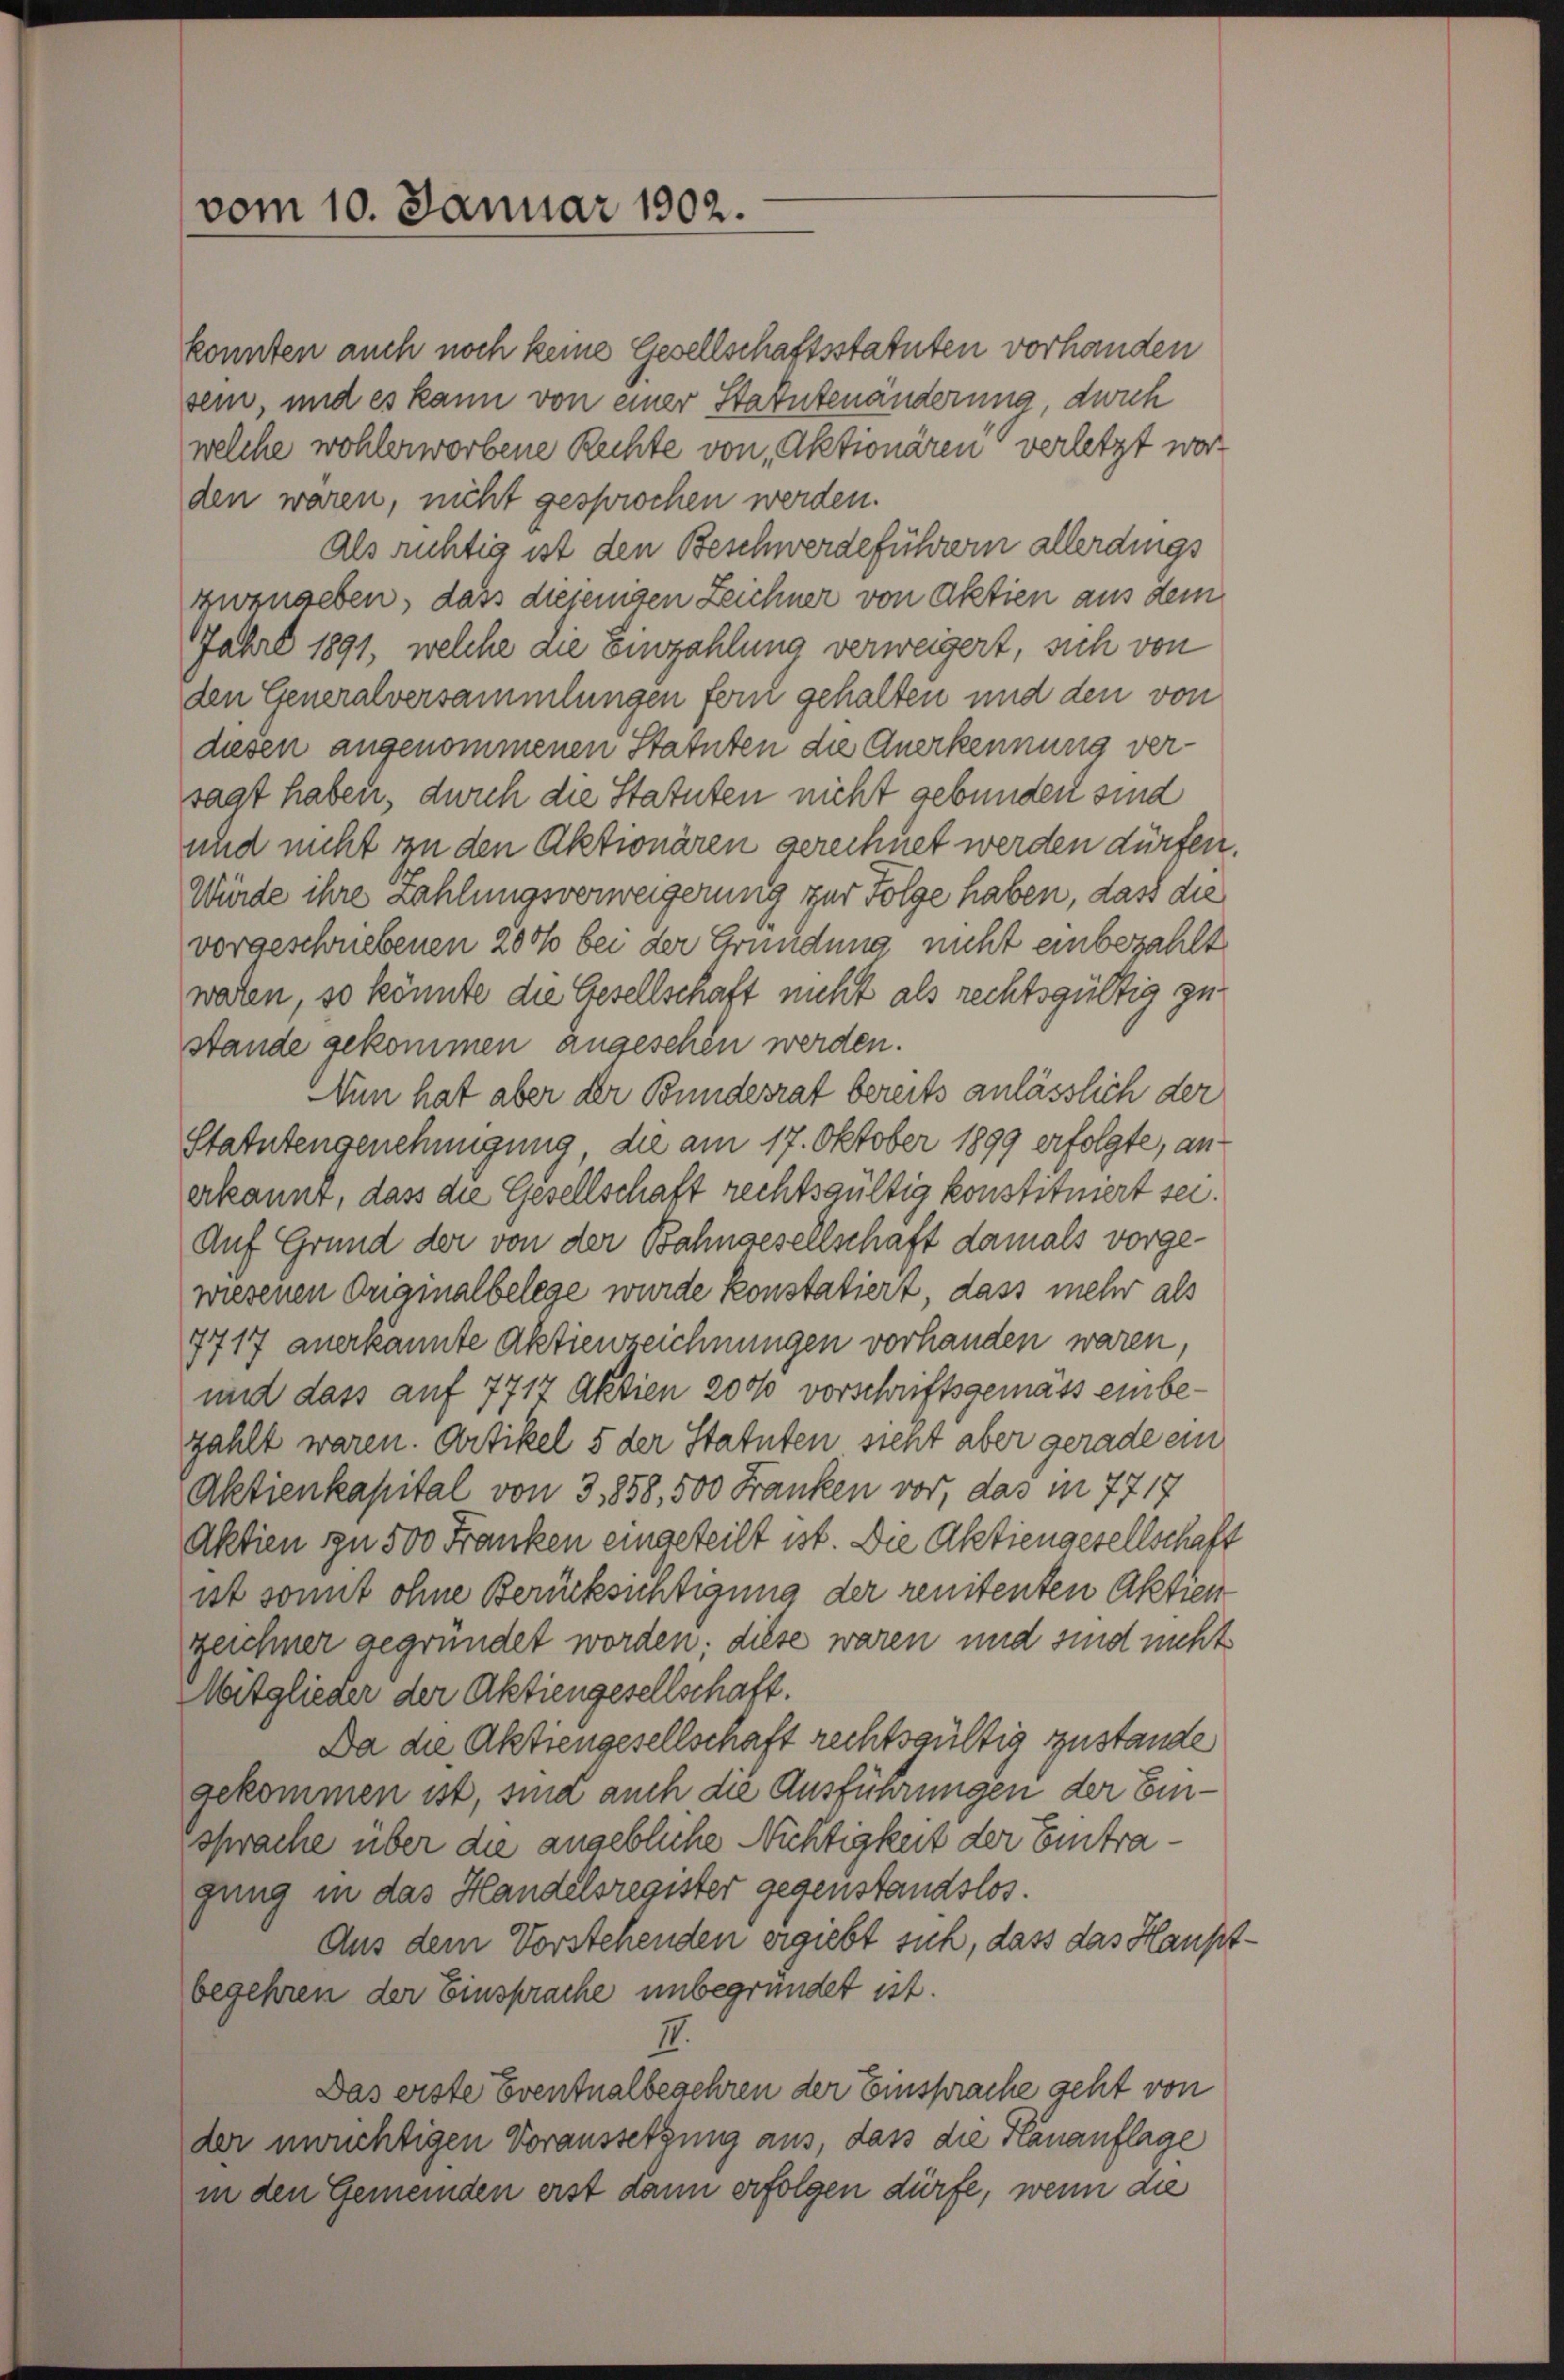
vom 10. Januar 1902.

konnten auch noch keine Gesellschaftsstatuten vorhanden
sein, und es kann von einer Statutenänderung, durch
welche wohlerworbene Rechte von Aktionären verletzt worden waren, nicht gesprochen werden.
als richtig ist den Beschwerdeführern allerdings
zwangeben, dass diejenigen Zeichner von Aktien aus dem
Jahre 1891, welche die Einzahlung verweigert, sich von
den Generalversammlungen fern gehalten und den von
diesen angenommenen Statuten die Anerkennung versagt haben, durch die Statuten nicht gebunden sind
und nicht in den Aktionären gerechnet werden dürfen.
Würde ihre Zahlungsverweigerung zur Folge haben, dass die
vorgeschriebenen 200 bei der Gründung nicht einbezahlt
waren, so könnte die Gesellschaft nicht als rechtsgültig zustande gekommen zugeschen werden.
Nun hat aber der Bundesrat bereits anlässlich der
Statutengenehmigung die am 17. Oktober 1899 erfolgte, an
erkannt, dass die Gesellschaft rechtsgültig konstituiert sei.
Auf Grund der von der Bahngesellschaft damals vorgewiesenen Originalbelege wurde konstatiert, dass mehr als
7717 anerkannte Aktienzeichnungen vorhanden waren,
und dass auf 7717 Aktien 2000 vorschriftsgemäss einbezahlt waren. Artikel 5 der Statuten steht aber gerade ein
Aktienkapital von 3,858, 500 Franken vor, das in 7717
Aktien in 500 Franken eingeteilt ist. Die Aktiengesellschaft
ist somit ohne Berücksichtigung der renitenten Aktien
zeichner gegründet worden; diese waren und sind nicht
Mitglieder der Aktiengesellschaft.
Da die Aktiengesellschaft rechtsgültig zustande
gekommen ist, sind auch die Ausführungen der Einsprache über die angebliche Nichtigkeit der Eintragung in das Handelsregister gegenstandslos.
Aus dem Vorstehenden ergiebt sich, dass das Haupt
begehren der Einsprache unbegründet ist.
I.
Das erste Eventualbesehren der Einsprache geht von
der unüchtigen Voraussetzung aus, dass die Kananflage
in den Gemeinden erst dann erfolgen dürfe, wenn die

¬